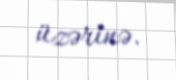
üzərinə.